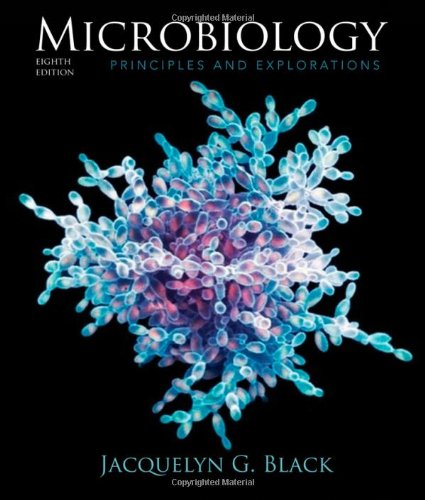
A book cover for Microbiology: Principles and Explorations; Jacquelyn G. Black; Medical Books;